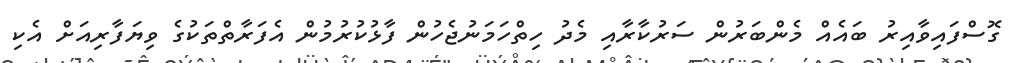
ގޮސްފައިވާއިރު ބައެއް މެންބަރުން ސަރުކާރާއި މެދު ހިތްހަމަނުޖެހުން ފާޅުކުރުމުން އެފަރާތްތަކުގެ ވިޔަފާރިއަށް އެކި